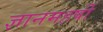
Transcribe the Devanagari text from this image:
ज्ञानमहर्षी